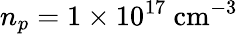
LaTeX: n_{p}=1\times 10^{17}\mathrm{\ cm^{-3}}